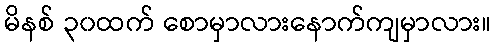
မိနစ် ၃၀ထက် စောမှာလားနောက်ကျမှာလား။